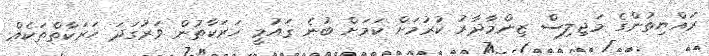
ރައްޔިތުންގެ މަޖިލިސް ޒިންމާދާރު ކުރުމަށް ކަމަށް ބުނެ ޤައުމީ ހަރަކާތުން ވަރުގަދަ ހަރަކާތްތަކެއް